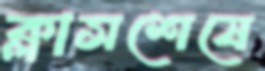
ক্লাসশেষে